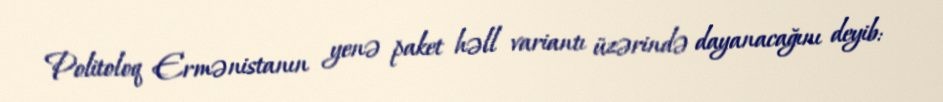
Politoloq Ermənistanın yenə paket həll variantı üzərində dayanacağını deyib: